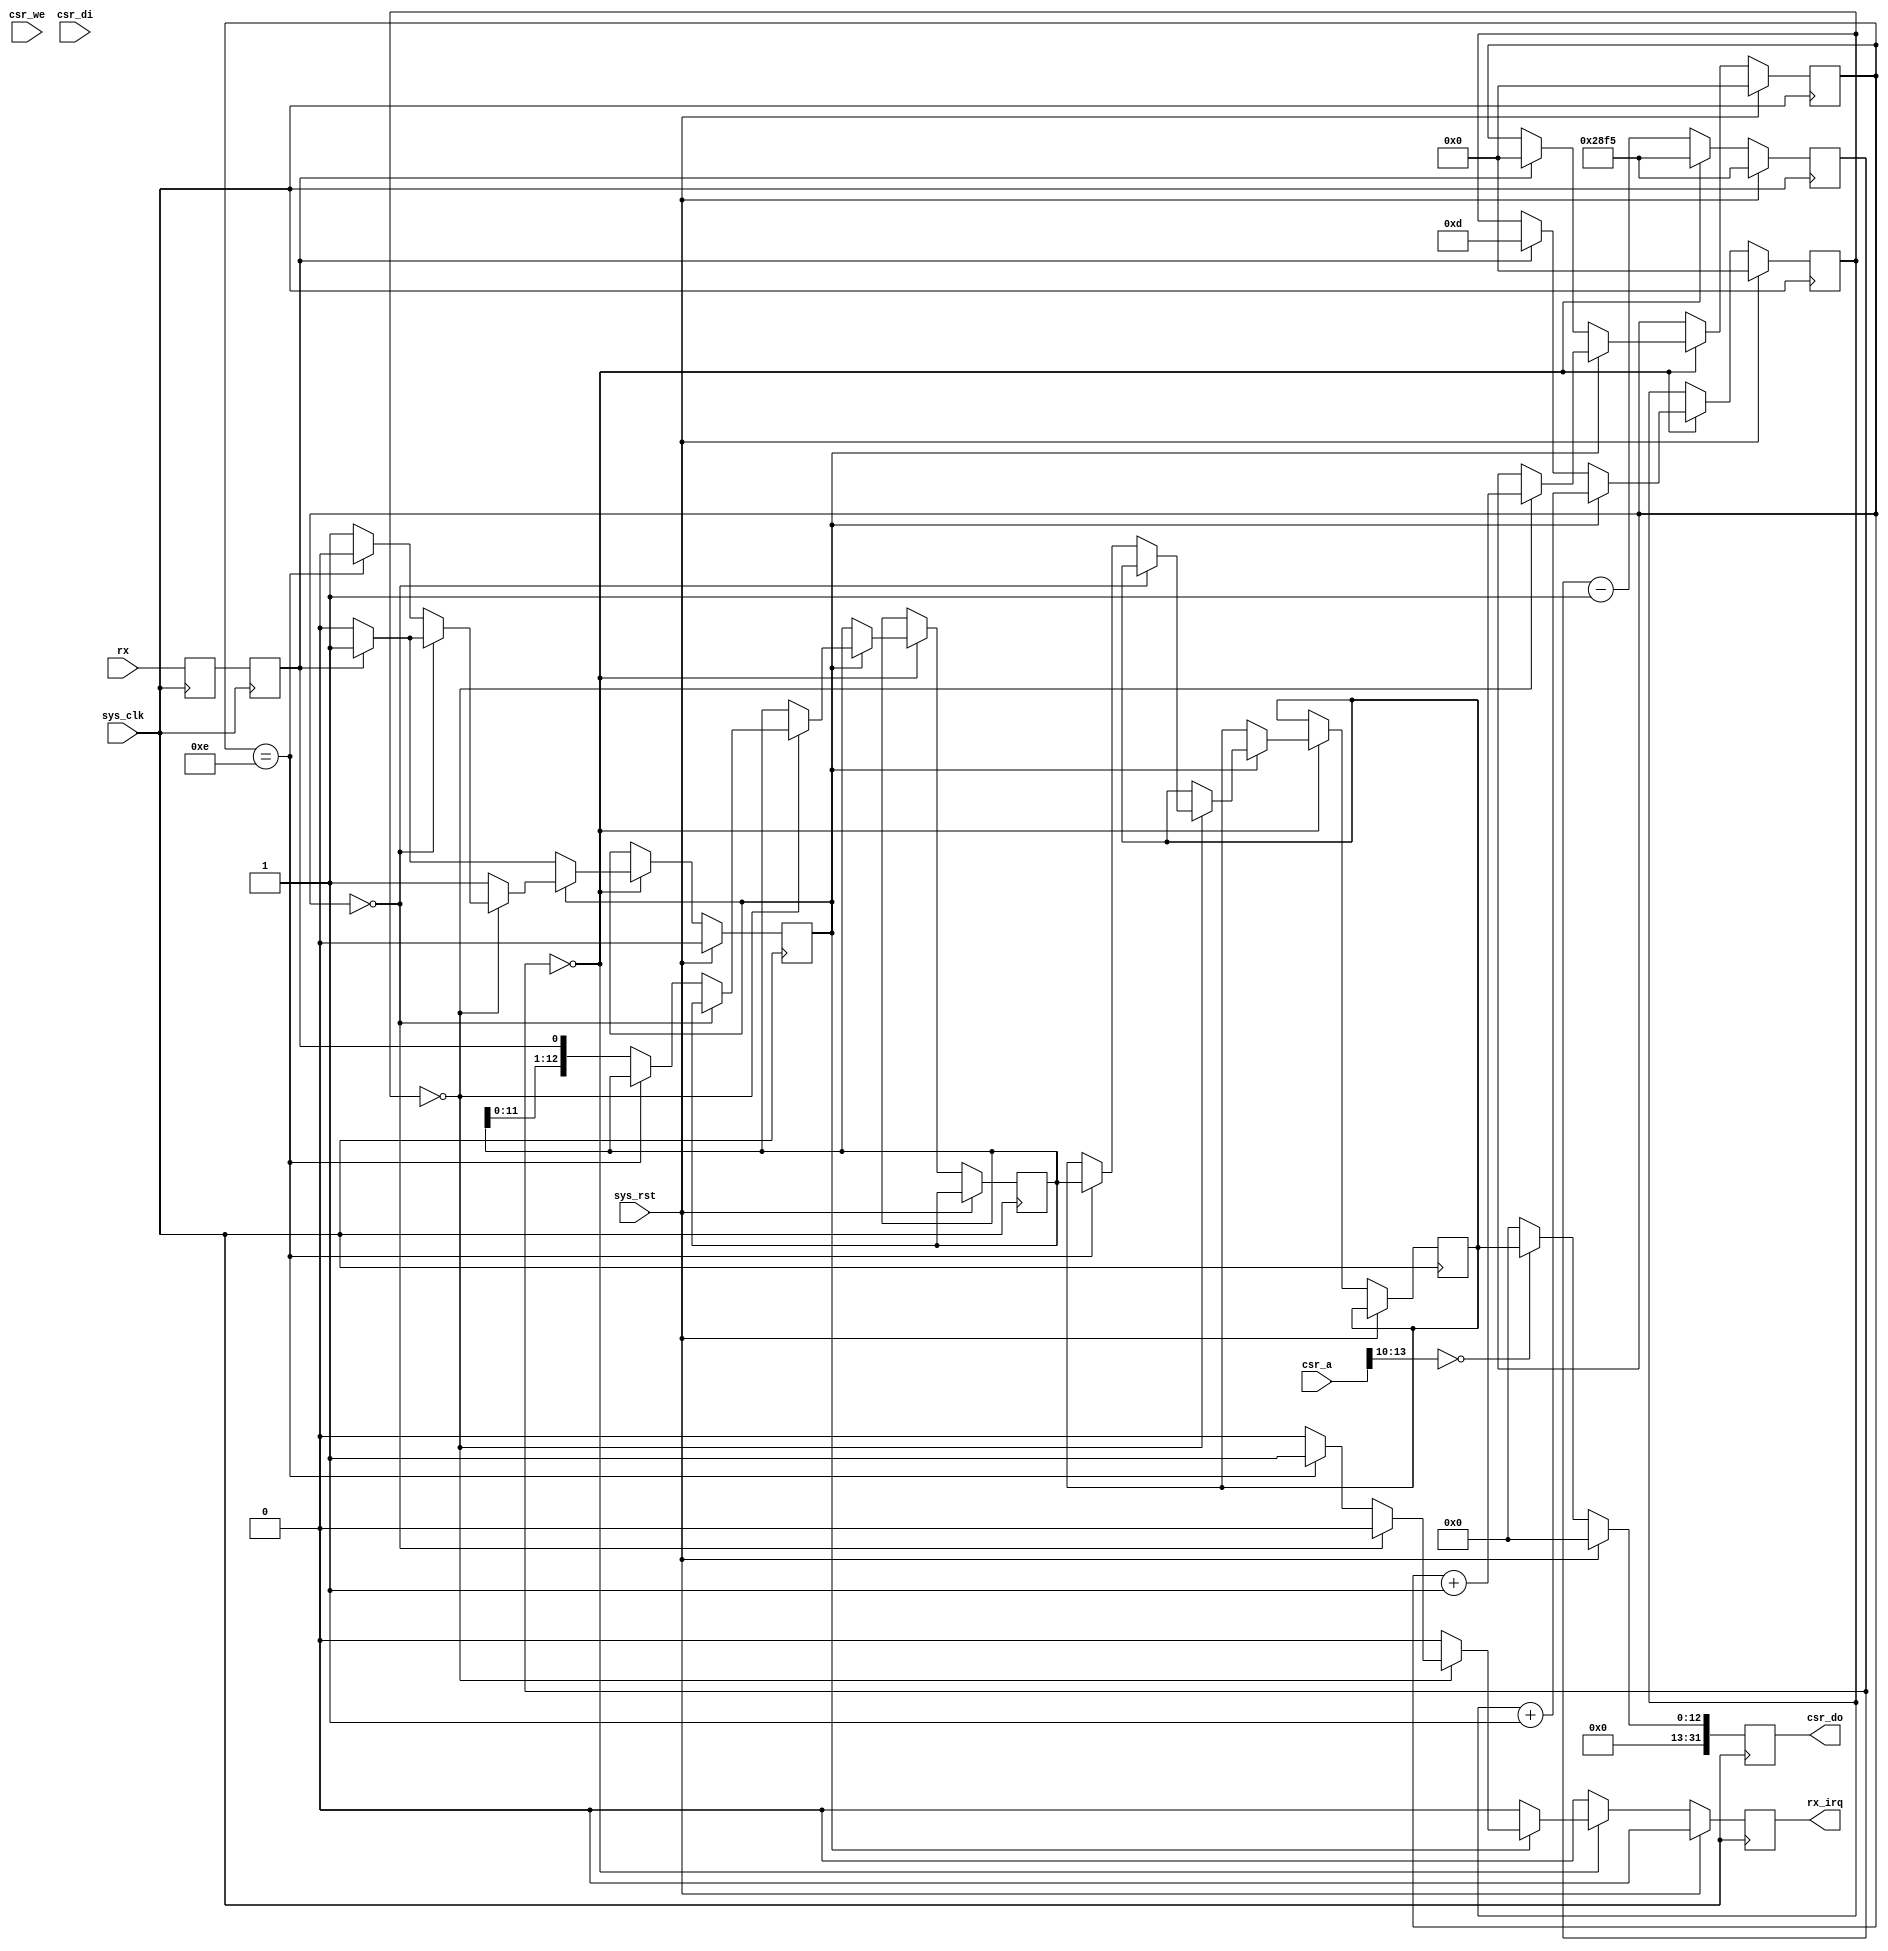
/*
 * Milkymist SoC
 * Copyright (C) 2007, 2008, 2009, 2010, 2011 Sebastien Bourdeauducq
 * Copyright (C) 2007 Das Labor
 *
 * This program is free software: you can redistribute it and/or modify
 * it under the terms of the GNU General Public License as published by
 * the Free Software Foundation, version 3 of the License.
 *
 * This program is distributed in the hope that it will be useful,
 * but WITHOUT ANY WARRANTY; without even the implied warranty of
 * MERCHANTABILITY or FITNESS FOR A PARTICULAR PURPOSE.  See the
 * GNU General Public License for more details.
 *
 * You should have received a copy of the GNU General Public License
 * along with this program.  If not, see <http://www.gnu.org/licenses/>.
 */

module rc5 #(
	parameter csr_addr = 4'h0,
	parameter clk_freq = 100000000
) (
	input sys_clk,
	input sys_rst,

	input [13:0] csr_a,
	input csr_we,
	input [31:0] csr_di,
	output reg [31:0] csr_do,

	output reg rx_irq,

	input rx
);

//-----------------------------------------------------------------
// enable16 generator
//-----------------------------------------------------------------
parameter divisor = clk_freq/596/16;

reg [15:0] enable16_counter;

wire enable16;
assign enable16 = (enable16_counter == 16'd0);

always @(posedge sys_clk) begin
	if(sys_rst)
		enable16_counter <= divisor - 1;
	else begin
		enable16_counter <= enable16_counter - 16'd1;
		if(enable16)
			enable16_counter <= divisor - 1;
	end
end

//-----------------------------------------------------------------
// Synchronize rx
//-----------------------------------------------------------------
reg rx1;
reg rx2;

always @(posedge sys_clk) begin
	rx1 <= rx;
	rx2 <= rx1;
end

//-----------------------------------------------------------------
// RX Logic
//-----------------------------------------------------------------
reg rx_busy;
reg [3:0] rx_count16;
reg [3:0] rx_bitcount;
reg [12:0] rx_reg;
reg [12:0] rx_data;

always @(posedge sys_clk) begin
	if(sys_rst) begin
		rx_irq <= 1'b0;
		rx_busy <= 1'b0;
		rx_count16 <= 4'd0;
		rx_bitcount <= 4'd0;
	end else begin
		rx_irq <= 1'b0;

		if(enable16) begin
			if(~rx_busy) begin // look for start bit
				if(rx2) begin // start bit found
					rx_busy <= 1'b1;
					rx_count16 <= 4'd13;
					rx_bitcount <= 4'd0;
				end
			end else begin
				rx_count16 <= rx_count16 + 4'd1;

				if(rx_count16 == 4'd0) begin // sample
					rx_bitcount <= rx_bitcount + 4'd1;

					if(rx_bitcount == 4'd0) begin // verify startbit
						if(~rx2)
							rx_busy <= 1'b0;
					end else if(rx_bitcount == 4'd14) begin
						rx_busy <= 1'b0;
						rx_data <= rx_reg;
						rx_irq <= 1'b1;
					end else
						rx_reg <= {rx_reg[11:0], rx2};
				end
			end
		end
	end
end

//-----------------------------------------------------------------
// CSR interface
//-----------------------------------------------------------------

wire csr_selected = csr_a[13:10] == csr_addr;

always @(posedge sys_clk) begin
	if(sys_rst) begin
		csr_do <= 32'd0;
	end else begin
		csr_do <= 32'd0;
		if(csr_selected)
			csr_do <= rx_data;
	end
end

endmodule